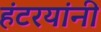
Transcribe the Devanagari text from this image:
हंटरयांनी